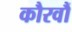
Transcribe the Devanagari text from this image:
कौरवौं